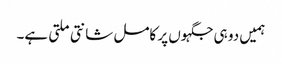
ہمیں دو ہی جگہوں پر کامل شانتی ملتی ہے۔